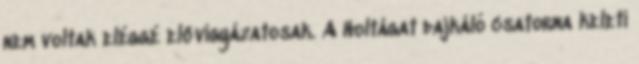
nem voltak eléggé elővigyázatosak. A Holtágat dajkáló csatorna keleti